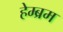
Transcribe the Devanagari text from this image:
हेम्‍ब्रम